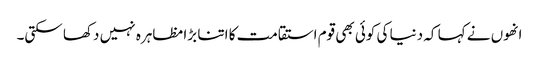
انھوں نے کہا کہ دنیا کی کوئی بھی قوم استقامت کا اتنا بڑا مظاہرہ نہیں دکھا سکتی۔